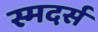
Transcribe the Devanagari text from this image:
स्मदर्स